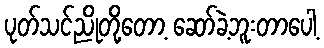
ပုတ်သင်ညိုတို့တော့ ဆော်ခဲ့ဘူးတာပေါ့